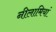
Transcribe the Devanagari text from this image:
नीलामियां